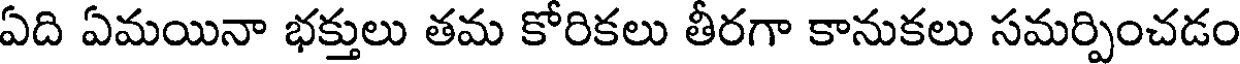
ఏది ఏమయినా భక్తులు తమ కోరికలు తీరగా కానుకలు సమర్పించడం